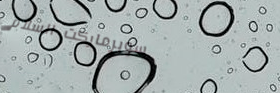
سوبرماركت السلام